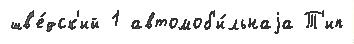
шв'е́дск'ий 1 автомоб'и́льнаjа Т'ип